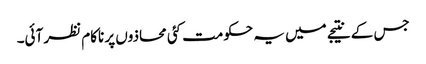
جس کے نتیجے میں یہ حکومت کئی محاذوں پر ناکام نظر آئی۔